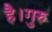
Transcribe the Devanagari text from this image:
है।गुरु